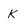
Character: K